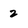
Character: 2